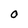
Character: O